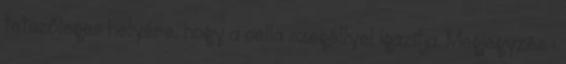
tetszőleges helyére, hogy a cella szegéllyel igazítja. Megjegyzés :